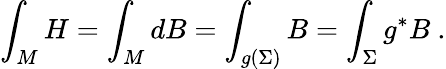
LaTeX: \int_{M}H=\int_{M}dB=\int_{g(\Sigma)}B=\int_{\Sigma}g^{*}B~.